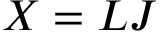
X = L J